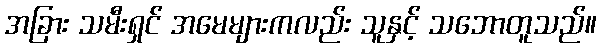
အခြား သမီးရှင် အမေများကလည်း သူနှင့် သဘောတူသည်။